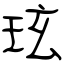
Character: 玹